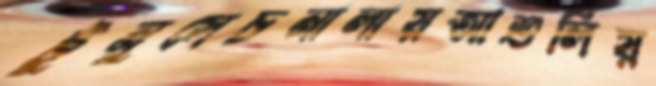
টুনুসেচনালায়আশুলিয়